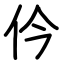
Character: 仱